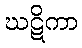
ဃဋိကာ